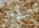
جهاز